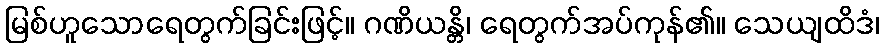
မြစ်ဟူသောရေတွက်ခြင်းဖြင့်။ ဂဏိယန္တိ၊ ရေတွက်အပ်ကုန်၏။ သေယျထိဒံ၊